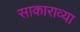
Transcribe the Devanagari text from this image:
साकाराव्या